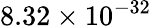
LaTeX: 8.32\times 10^{-32}